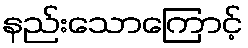
နည်းသောကြောင့်